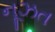
નૂઝત